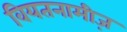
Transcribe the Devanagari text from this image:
वियतनामीज़